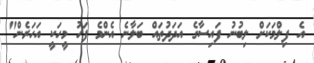
އެ ފިލްމަކަށް ލިބުނު ފައިސާގެ އަދަދުތައް ބަލާނެ އެންމެ ފަހު މީހަކީ އަހަރެން"